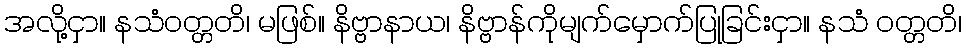
အလို့ငှာ။ နသံဝတ္တတိ၊ မဖြစ်။ နိဗ္ဗာနာယ၊ နိဗ္ဗာန်ကိုမျက်မှောက်ပြုခြင်းငှာ။ နသံ ဝတ္တတိ၊